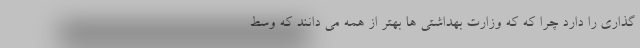
گذاری را دارد چرا که که وزارت بهداشتی ها بهتر از همه می دانند که وسط